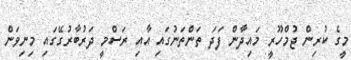
މީގެ ކުރިން ޖުމްހޫރީ މައިދާން ފަދަ ތަންތަނުގައި އާއި ރަސްމީ ދަރުބާރުގޭގައި މިނިވަން